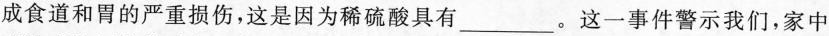
成食道和胃的严重损伤，这是因为稀硫酸具有_____。这一事件警示我们，家中